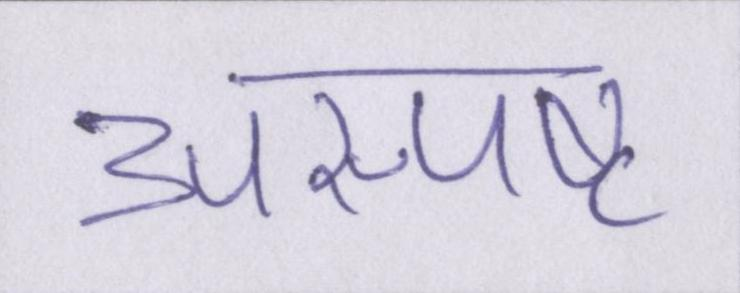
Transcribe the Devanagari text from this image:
अस्पष्ट